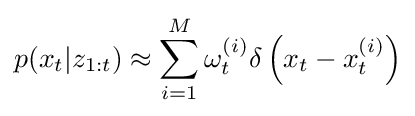
p(x_{t}|z_{1:t})\approx \sum _{i=1}^{M}\omega _{t}^{(i)}\delta \left(x_{t}-x_{t}^{(i)}\right)